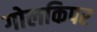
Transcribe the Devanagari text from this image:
गोलकिपर